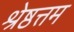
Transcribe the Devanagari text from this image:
श्रेष्ठत्तम